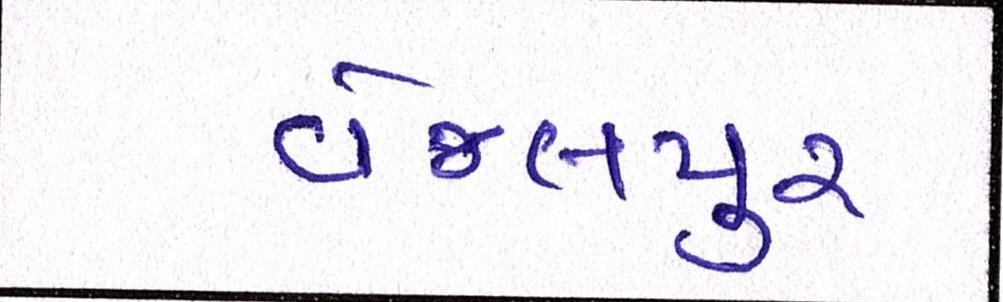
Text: વેજલપુર